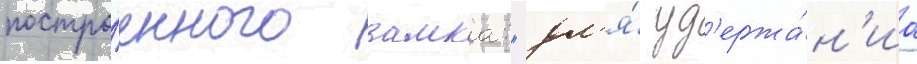
постро́енного замка: "дл'я́ уд'ержа́н'иа